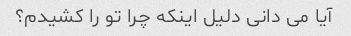
آیا می دانی دلیل اینکه چرا تو را کشیدم؟